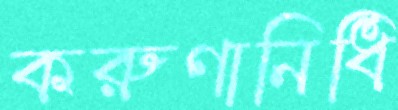
করুণানিধি